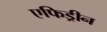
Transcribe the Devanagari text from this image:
एफिड्रीन